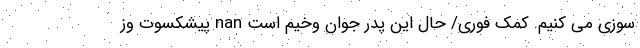
سوزی می ‌کنیم. کمک فوری/ حال این پدر جوان وخیم است nan پیشکسوت وز